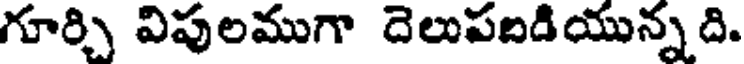
గూర్చి విపులముగా దెలుపబడియున్నది.